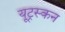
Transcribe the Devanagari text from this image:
यूट्रस्कन